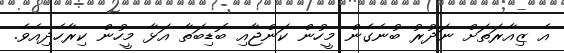
އެ ޒިއާރަތަށް ނަދުރު ބުނެގެން މީހުން ކަންޖާއި ބޮޑިބަތާ އަޅާ މީހުން ކިރާހެދިއެވެ.